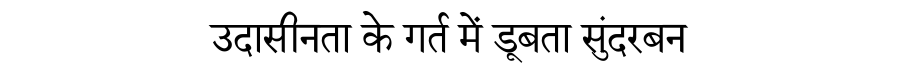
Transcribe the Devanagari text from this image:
उदासीनता के गर्त में डूबता सुंदरबन